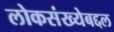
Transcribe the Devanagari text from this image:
लोकसंख्येबद्दल